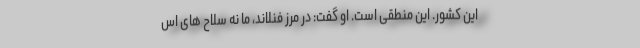
این کشور. این منطقی است. او گفت: در مرز فنلاند، ما نه سلاح های اس